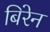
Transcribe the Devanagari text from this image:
बिरेन